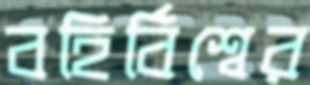
বহির্বিশ্বের